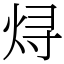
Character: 𬊈